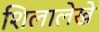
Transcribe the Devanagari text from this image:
शिलालेखे